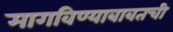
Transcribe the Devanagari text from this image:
मागविण्याबाबतची